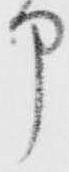
部